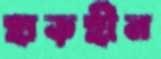
হাড়হীন